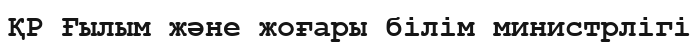
ҚР Ғылым және жоғары білім министрлігі